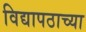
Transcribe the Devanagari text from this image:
विद्यापठाच्या